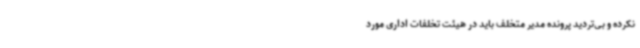
نکرده و بی‌تردید پرونده مدیر متخلف باید در هیئت تخلفات اداری مورد